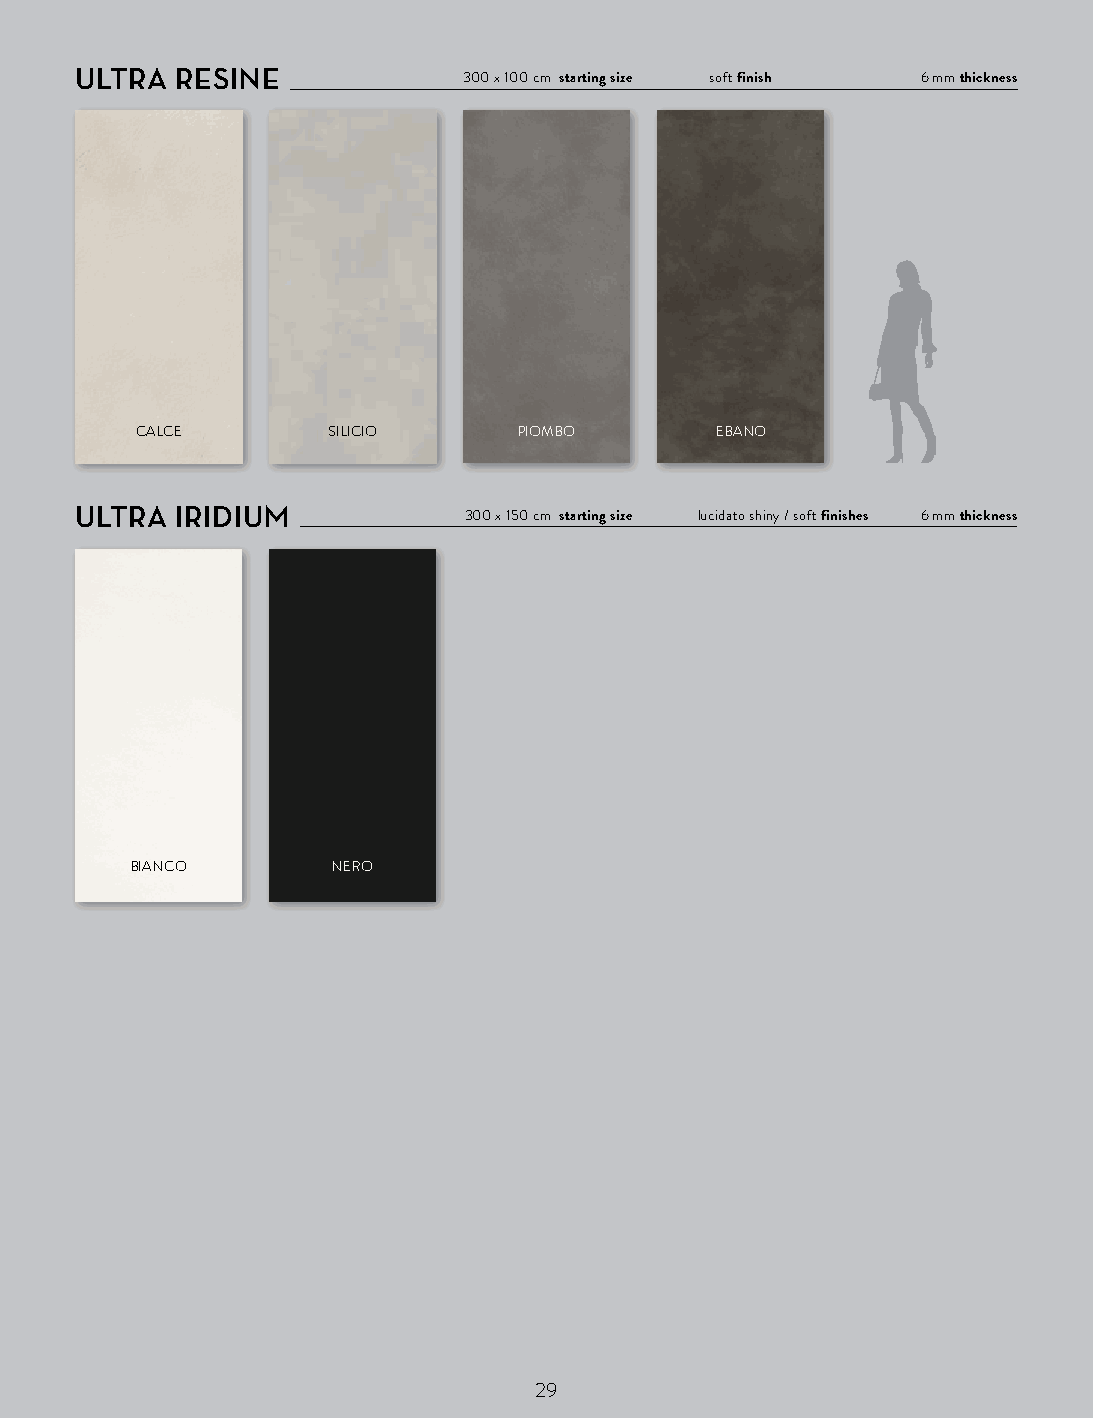
ULTRA  RESINE
 300 x 100 cm starting size soft finish 6 mm thickness
 CALCE        SILICIO     PIOMBO       EBANO
 ULTRA  IRIDIUM
 300 x 150 cm starting size lucidato shiny / soft finishes 6 mm thickness
 BIANCO       NERO
 29